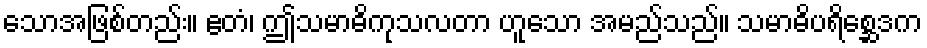
သောအဖြစ်တည်း။ ဧတံ၊ ဤသမာဓိကုသလတာ ဟူသော အမည်သည်။ သမာဓိပရိစ္ဆေဒက